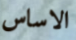
الاساس